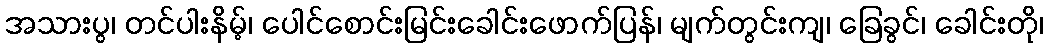
အသားပွ၊ တင်ပါးနိမ့်၊ ပေါင်စောင်းမြင်းခေါင်းဖောက်ပြန်၊ မျက်တွင်းကျ၊ ခြေခွင်၊ ခေါင်းတို၊